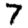
Digit: 7